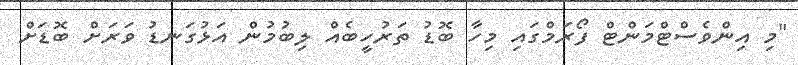
"މި އިންވެސްޓްމަންޓް ފޯރަމްގައި މިހާ ބޮޑު ތަރުހީބެއް ލިބުމުން އަޅުގަނޑު ވަރަށް ބޮޑަށް